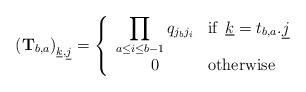
LaTeX: \begin{align*} \left( {\mathbf{T}}_{b,a} \right)_{\underline{k},\underline{j}}= \left\{ \begin{array}{cl} \displaystyle\prod_{a\le i \le b-1} q_{j_{b}j_{i}} & \textrm{if\, } \underline{k}=t_{b,a}{\bf.}\underline{j}\\ 0 & \textrm{otherwise} \end{array} \right. \end{align*}